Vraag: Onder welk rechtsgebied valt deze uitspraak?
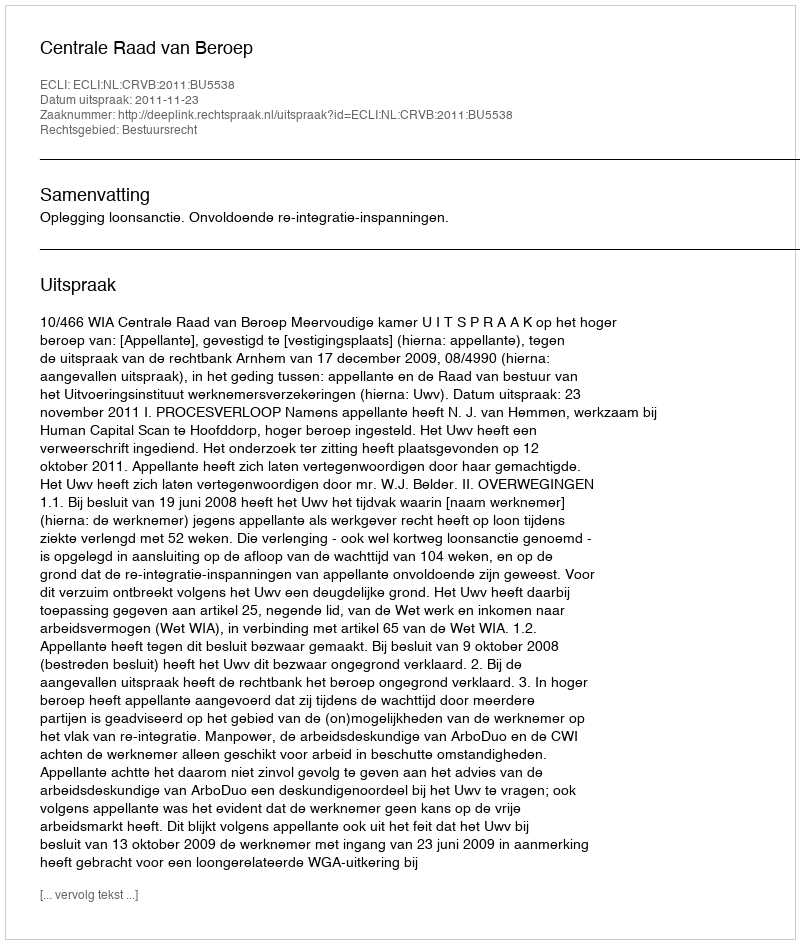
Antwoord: Bestuursrecht